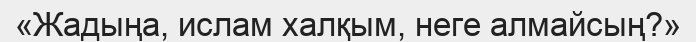
«Жадыңа, ислам халқым, неге алмайсың?»